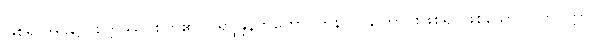
ဖြစ်ရာအခါ၌။ စိတ္တဿ၊ စိတ်၏။ ပရိပ္ဖန္ဒနဘူတော၊ တုန်လှုပ်ကြောင်းဖြစ်၍ ဖြစ်သော။ ဝိတက္ကော၊